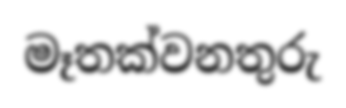
මෑතක්වනතුරු